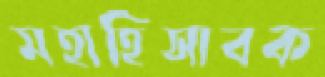
মহাহিসাবক